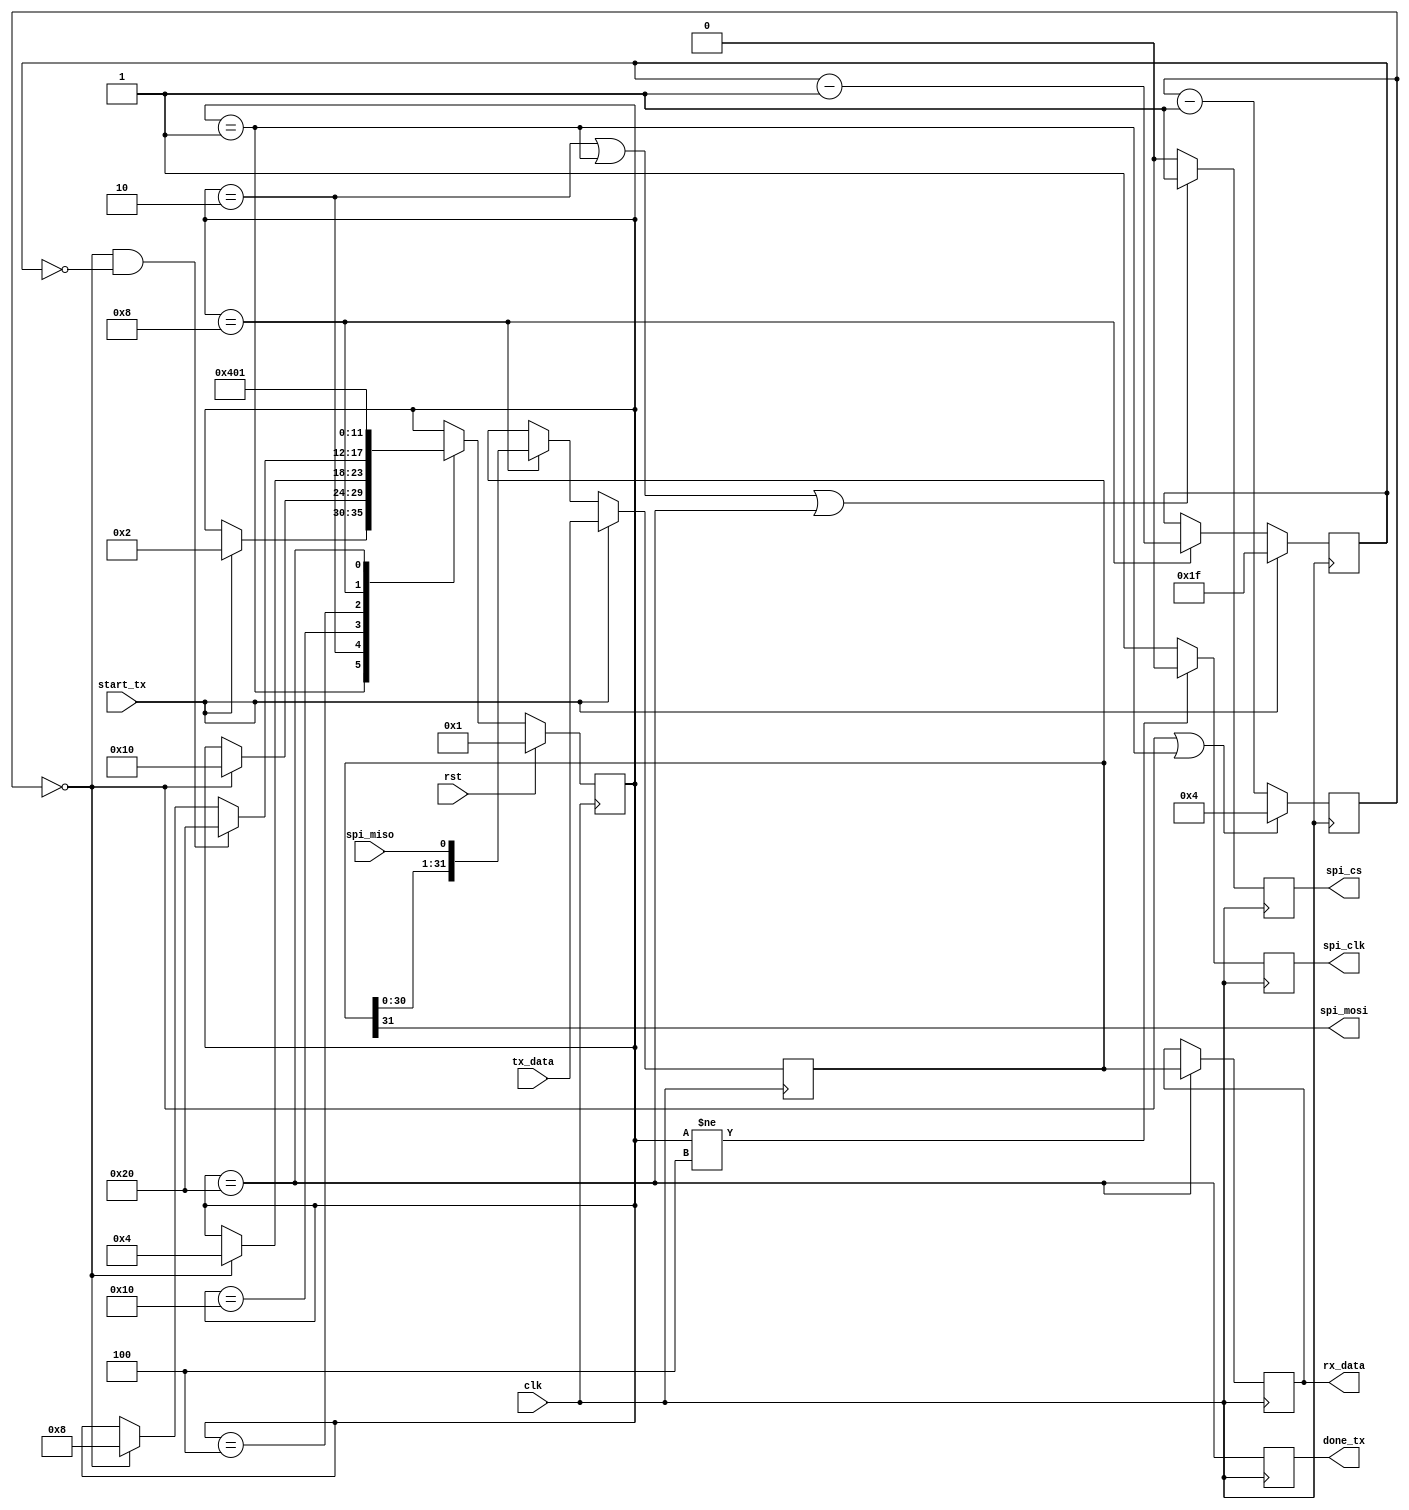
module io_spi #(
    parameter WIDTH = 32, 
    parameter FLIP = 0,
    parameter SCLK_TIME = 4     // f_spi = f_clk/(2*(SCLK_TIME + 1))
    )(
    input  wire rst,
    input  wire clk,
    input  wire start_tx,
    output reg  done_tx,
    output reg  spi_clk,
    output wire spi_mosi,
    output reg  spi_cs,
    input  wire spi_miso,
    input  wire [WIDTH-1:0] tx_data,
    output reg  [WIDTH-1:0] rx_data);
    
    localparam IDLE        = 6'b000001;
    localparam QUIET       = 6'b000010;
    localparam HIGH        = 6'b000100;
    localparam READ        = 6'b001000;
    localparam LOW         = 6'b010000;
    localparam BUFFER      = 6'b100000;

    reg rst_lcl;
    wire last_read, at_zero, shift, quiet, low, buffer, idle;
    reg  [5:0] state, next_state;
    reg  [7:0] shift_counter, state_counter;
    reg  [WIDTH-1:0] shift_reg;
    
    /****************************************************************************
    * Local reset signal.
    ****************************************************************************/
    always @(posedge clk)
        rst_lcl <= rst;
            
    /****************************************************************************
    * Chip select register.
    ****************************************************************************/
    always @(posedge clk)
        if (!quiet) spi_cs <= 0;
        else        spi_cs <= 1;
    
    /****************************************************************************
    * SPI clock generation.
    ****************************************************************************/
    always @(posedge clk)
        if (low)   spi_clk <= 0;
        else       spi_clk <= 1;
           
    /***************************************************************************
    * Shift register.
    ***************************************************************************/ 
    assign last_read = shift_counter == 0;   
    assign spi_mosi = FLIP ? shift_reg[0] : shift_reg[WIDTH-1];
    
    always @(posedge clk) begin
        if (start_tx)   shift_counter <= WIDTH - 1;
        else if (shift) shift_counter <= shift_counter - 1;
        
        if (start_tx)   shift_reg <= tx_data;
        else if (shift) 
            if (FLIP)   shift_reg <= {spi_miso,shift_reg[WIDTH-1:1]};  
            else        shift_reg <= {shift_reg[WIDTH-2:0],spi_miso};    
    end

    /****************************************************************************
    * Output buffer.
    ****************************************************************************/
    always @(posedge clk) begin
        done_tx <= buffer;
        if (buffer) rx_data <= shift_reg;
    end
    
    /****************************************************************************
    * State machine counter.
    ****************************************************************************/
    assign at_zero = state_counter == 0;
    always @(posedge clk)
        if (at_zero | idle) state_counter <= SCLK_TIME;
        else                state_counter <= state_counter - 1;
                    
    /***************************************************************************
    * SPI state machine.
    ***************************************************************************/
    always @(posedge clk)
        if (rst) state <= IDLE;
        else     state <= next_state;
       
    always @(*) begin
        next_state = state;
        case (state)
            IDLE:      if (start_tx)            next_state = QUIET;
            QUIET:     if (at_zero)             next_state = LOW;
            LOW:       if (at_zero)             next_state = HIGH;
            HIGH:      if (at_zero & last_read) next_state = BUFFER;   
                       else if (at_zero)        next_state = READ;
            READ:                               next_state = LOW;
            BUFFER:                             next_state = IDLE;
        endcase
    end
        
    assign shift = (state == READ);
    assign quiet = (state == QUIET) || (state == IDLE) || (state == BUFFER);
    assign low = (state != HIGH);
    assign buffer = (state == BUFFER);
    assign idle = (state == IDLE);
    
endmodule